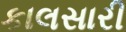
કાલસારી